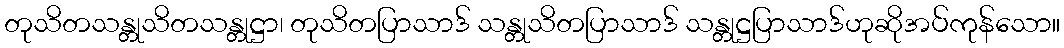
တုသိတသန္တုသိတသန္တုဋ္ဌာ၊ တုသိတပြာသာဒ် သန္တုသိတပြာသာဒ် သန္တုဋ္ဌပြာသာဒ်ဟုဆိုအပ်ကုန်သော။